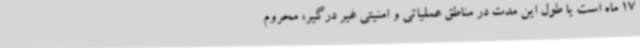
17 ماه است یا طول این مدت در مناطق عملیاتی و امنیتی غیر درگیر، محروم